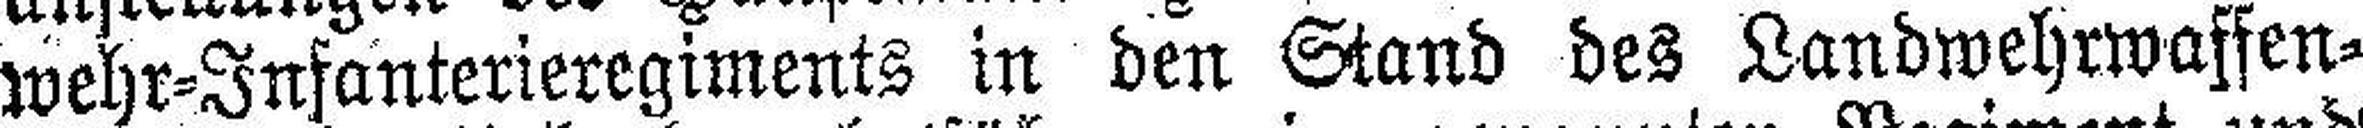
wehr-Infanterieregiments in den Stand des Landwehrwaffen¬